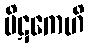
ပိဋကေဟိ